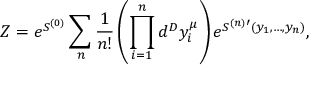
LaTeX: Z = e ^ { S ^ { ( 0 ) } } \sum _ { n } { \frac { 1 } { n ! } } \left( \prod _ { i = 1 } ^ { n } d ^ { D } y _ { i } ^ { \mu } \right) e ^ { S ^ { ( n ) \prime } ( y _ { 1 } , \dots , y _ { n } ) } ,